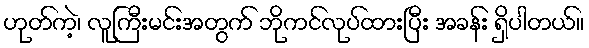
ဟုတ်ကဲ့၊ လူကြီးမင်းအတွက် ဘိုကင်လုပ်ထားပြီး အခန်း ရှိပါတယ်။